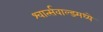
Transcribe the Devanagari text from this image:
श्वार्त्सवाल्डमध्ये